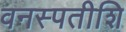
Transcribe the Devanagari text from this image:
वनस्पतीशि